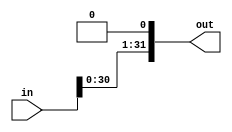
module mult2
    #(parameter Width = 32)
(
    input  [Width-1:0] in,
    output [Width-1:0] out
);
    assign out = in << 1; // logical shift left by 1-bit
endmodule